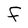
Character: F